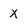
Character: X